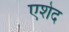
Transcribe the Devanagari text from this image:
एशेद